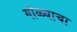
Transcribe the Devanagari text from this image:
गोळ्याचा